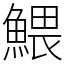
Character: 鰃